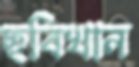
ছবিখান